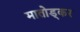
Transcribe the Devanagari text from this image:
मातोड्कर